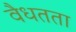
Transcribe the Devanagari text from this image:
वैधतता